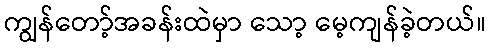
ကျွန်တော့်အခန်းထဲမှာ သော့ မေ့ကျန်ခဲ့တယ်။